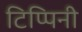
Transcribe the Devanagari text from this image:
टिप्पिनी